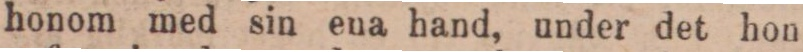
honom med sin ena hand, under det hon